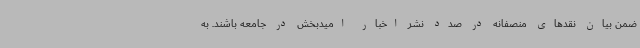
ضمن بیان نقدهای منصفانه در صدد نشر اخبار امیدبخش در جامعه باشند. به